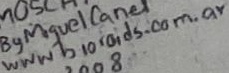
Text: www bioroids.com.ar